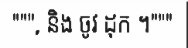
""", និង ចូវ ដុក ។"""